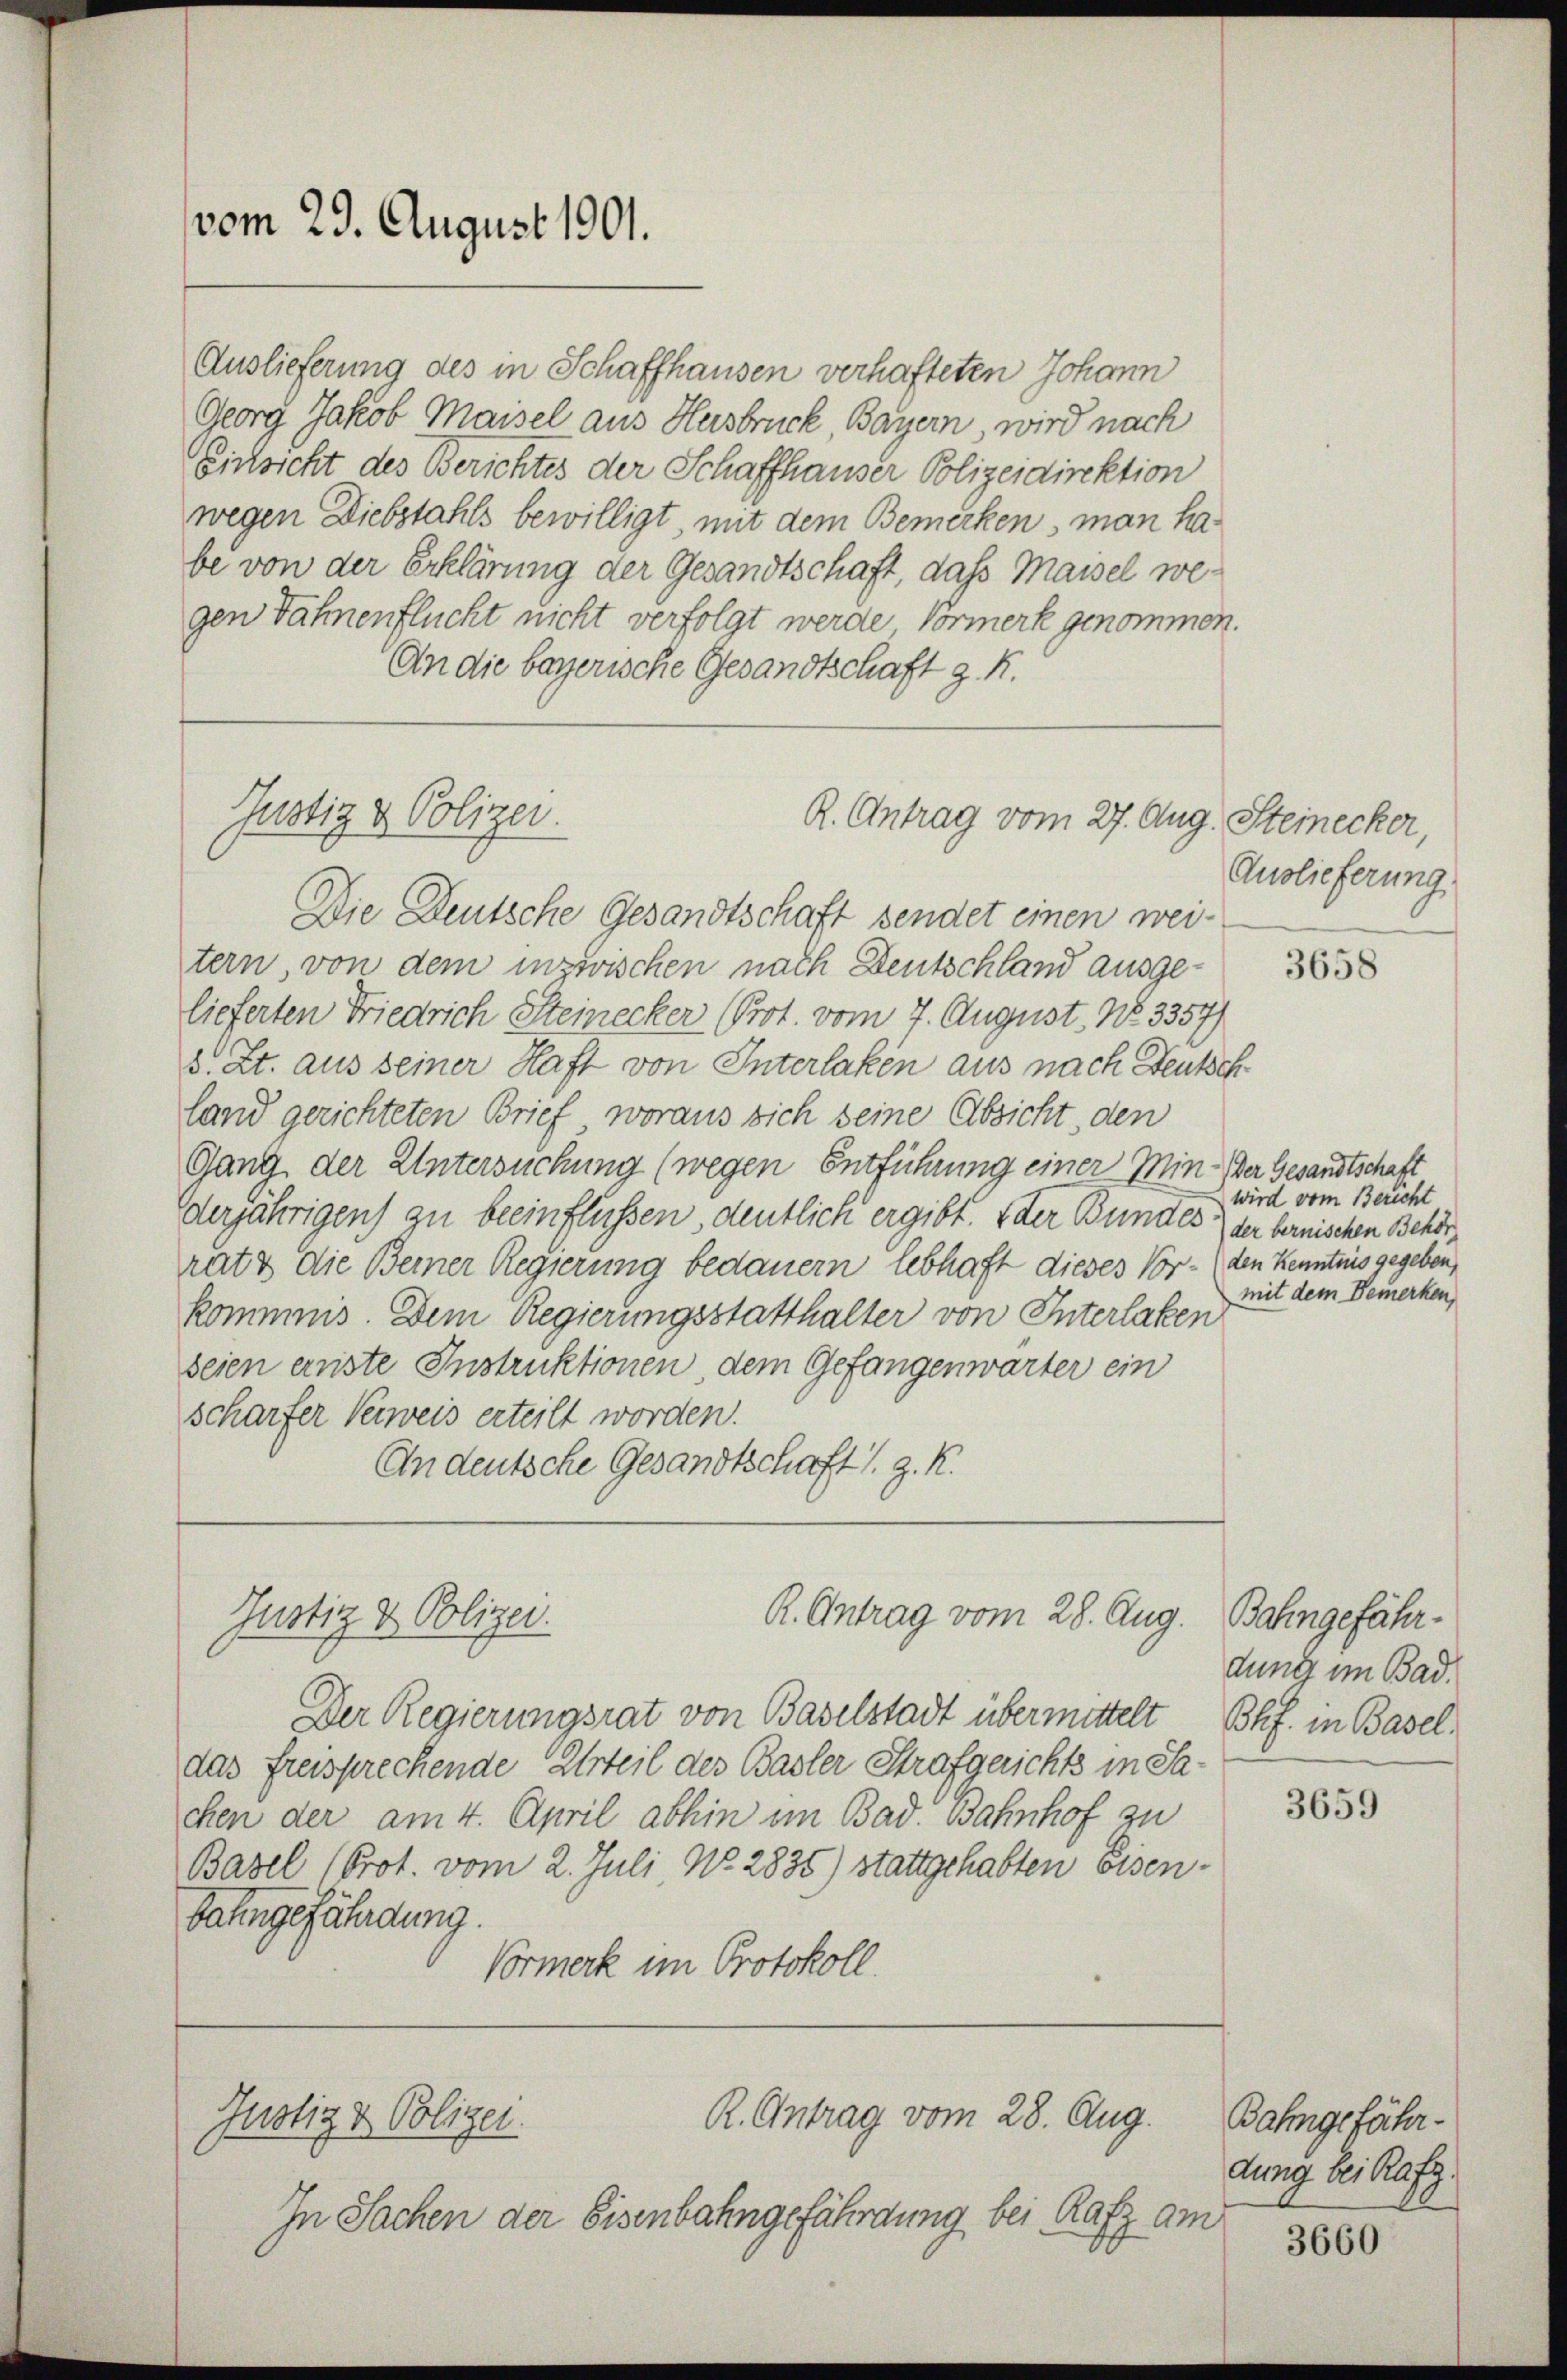
vom 29. August 1901.

Auslieferung des in Schaffhausen verhafteten Johann
Georg Jakob Maisel aus Hersbruck, Bayern, wird nach
Eichsicht des Berichtes der Schaffhauser Polizeidirektion
wegen Diebstahls bewilligt, mit dem Bemerken, man habe von der Erklärung der Gesandtschaft, dass Maisel wegen Fahnenflucht nicht verfolgt werde Vormerk genommen.
An die bayerische Gesandtschaft z. R.

Justiz & Polizei.

Justiz & Polizei.

Justiz & Polizei.

R. Antrag vom 27. Aug. Steinecker,

Die Deutsche Gesandtschaft sendet einen weitern, von dem inzwischen nach Deutschland ausgelieferten Friedrich Steinecker (Prot. vom 7. August. No 3357)
s. Zt. aus seiner Haft von Interlaken aus nach Deutschland gerichteten Brief, woraus sich seine Absicht, den
Gang der Untersuchung (wegen Entführung einer Min. Der Gesandtschaft
derjährigen zu beeinflüssen, deutlich ergibt. Oder Bundes der bernischen Behörrats die Beiner Regierung bedauern lebhaft dieses Vor- (den Kenntnis gegeben,
kommnis. Dem Regierungsstatthalter von Interlaken
seien ernste Instruktionen, dem Gefangenwärter ein
scharfer Verweis erteilt worden.
Andeutsche Gesandtschaft s. z. K.

Der Regierungsrat von Baselstadt übermittelt
das freisprechende Urteil des Basler Strafgerichts in Sachen der am 4. April abhin im Bad. Bahnhof zu
Basel (Prot. vom 2. Juli, No. 2835) stattgehabten Eisenbahngefährdung.
Vormerk im Protokoll.

R. Antrag vom 28. Aug.

R. Antrag vom 28. Aug.

In Sachen der Eisenbahngefährdung bei Rafz am

Auslieferung

3658

wird vom Bericht
mit dem Bemerken,

Bahngefährdung im Bad.
Phf. in Basel.

3659

Bahngefährdung bei Rafg.

3660